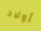
أولاد